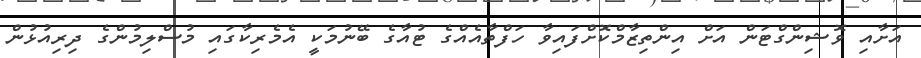
އަށާއި ވޮޝިންގްޓަން އަށް އިންތިޒާމްކޮށްފައިވާ ހަފްތާއެއްގެ ޓުއާގެ ބޭނުމަކީ އެމެރިކާގައި މުސްލިމުންގެ ދިރިއުޅުން